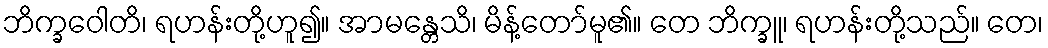
ဘိက္ခဝေါတိ၊ ရဟန်းတို့ဟူ၍။ အာမန္တေသိ၊ မိန့်တော်မူ၏။ တေ ဘိက္ခူ၊ ရဟန်းတို့သည်။ တေ၊